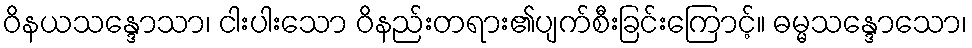
ဝိနယသန္ဒောသာ၊ ငါးပါးသော ဝိနည်းတရား၏ပျက်စီးခြင်းကြောင့်။ ဓမ္မသန္ဒောသော၊